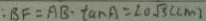
: B F = A B \cdot \tan A = 2 0 \sqrt { 3 } ( c m )